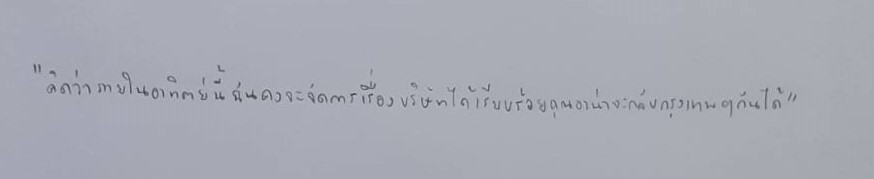
"คิดว่าภายในอาทิตย์นี้ฉันคงจะจัดการเรื่องบริษัทได้เรียบร้อยคุณอาน่าจะกลับกรุงเทพฯกันได้"